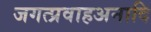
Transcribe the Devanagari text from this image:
जगत्प्रवाहअनादि